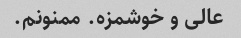
عالی و خوشمزه. ممنونم.